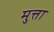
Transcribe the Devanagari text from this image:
मुत्ता